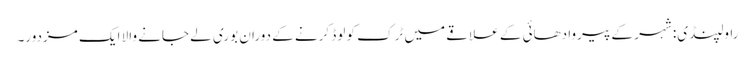
راولپنڈی: شہر کے پیروادھائی کے علاقے میں ٹرک کو لوڈ کرنے کے دوران بوری لے جانے والا ایک مزدور۔